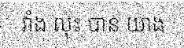
វាំង លុះ បាន យាង